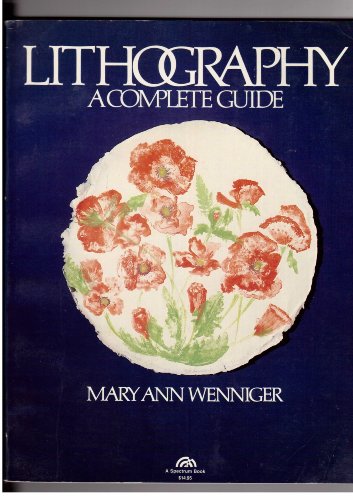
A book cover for Lithography: A complete guide (The Art & design series); Mary Ann Wenniger; Arts & Photography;